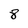
Character: 8